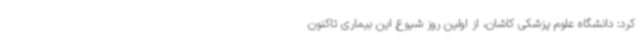
کرد: دانشگاه علوم پزشکی کاشان، از اولین روز شیوع این بیماری تاکنون